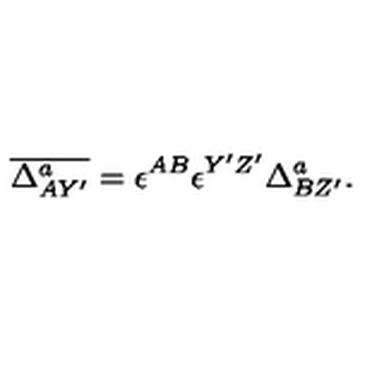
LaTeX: \overline { { \Delta _ { A Y ^ { \prime } } ^ { a } } } = \epsilon ^ { A B } \epsilon ^ { Y ^ { \prime } Z ^ { \prime } } \Delta _ { B Z ^ { \prime } } ^ { a } .